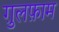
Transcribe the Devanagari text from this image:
ग़ुलफ़ाम